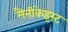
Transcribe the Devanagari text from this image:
मैनीकेइस्ट